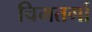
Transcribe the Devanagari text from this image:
चिमतर्गा